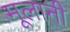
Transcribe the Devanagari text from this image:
मूलानी